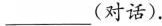
___(对话).